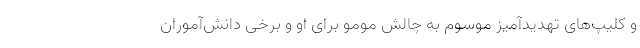
و کلیپ‌های تهدیدآمیز موسوم به چالش مومو برای او و برخی دانش‌آموران